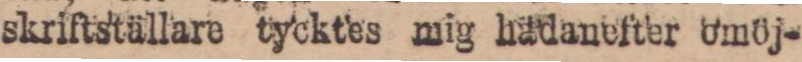
skriftställare tycktes mig hädanefter omöj-